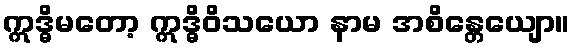
ဣဒ္ဓိမတော့ ဣဒ္ဓိဝိသယော နာမ အစိန္တေယျော။